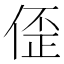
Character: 𫣀